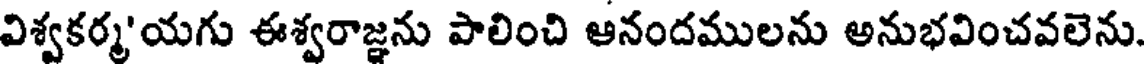
విశ్వకర్మ'యగు ఈశ్వరాజ్ఞను పాలించి ఆనందములను అనుభవించవలెను.